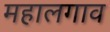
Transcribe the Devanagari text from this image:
महालगाव